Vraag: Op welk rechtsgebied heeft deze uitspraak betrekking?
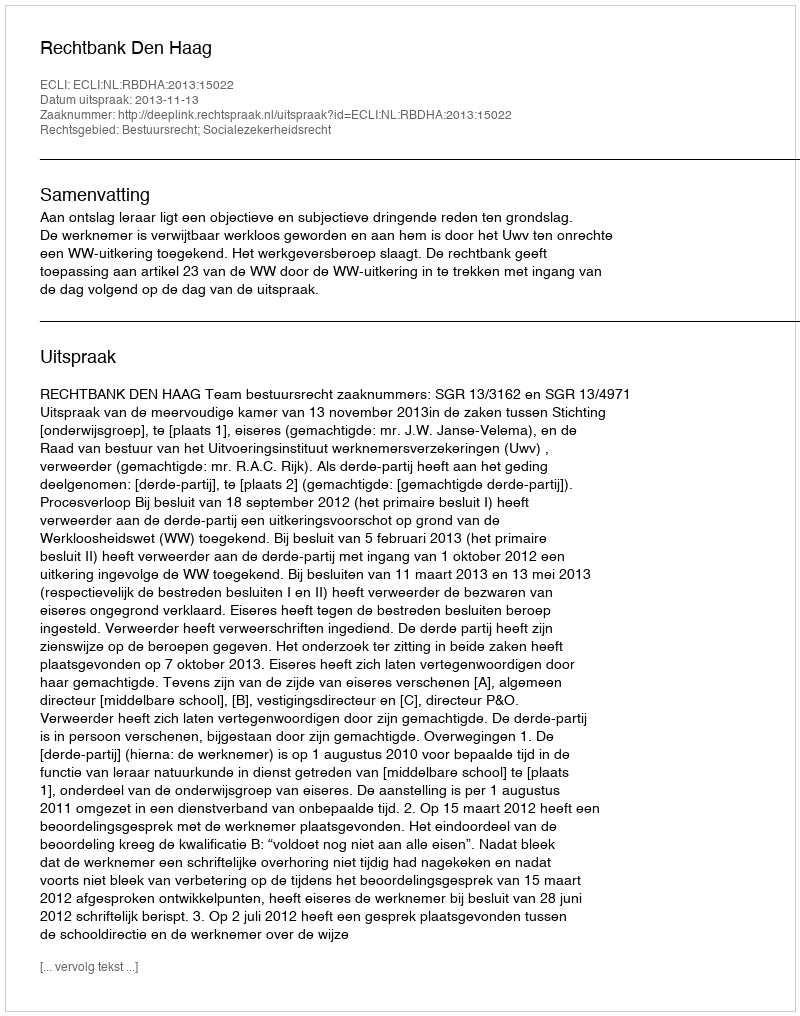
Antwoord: Bestuursrecht; Socialezekerheidsrecht